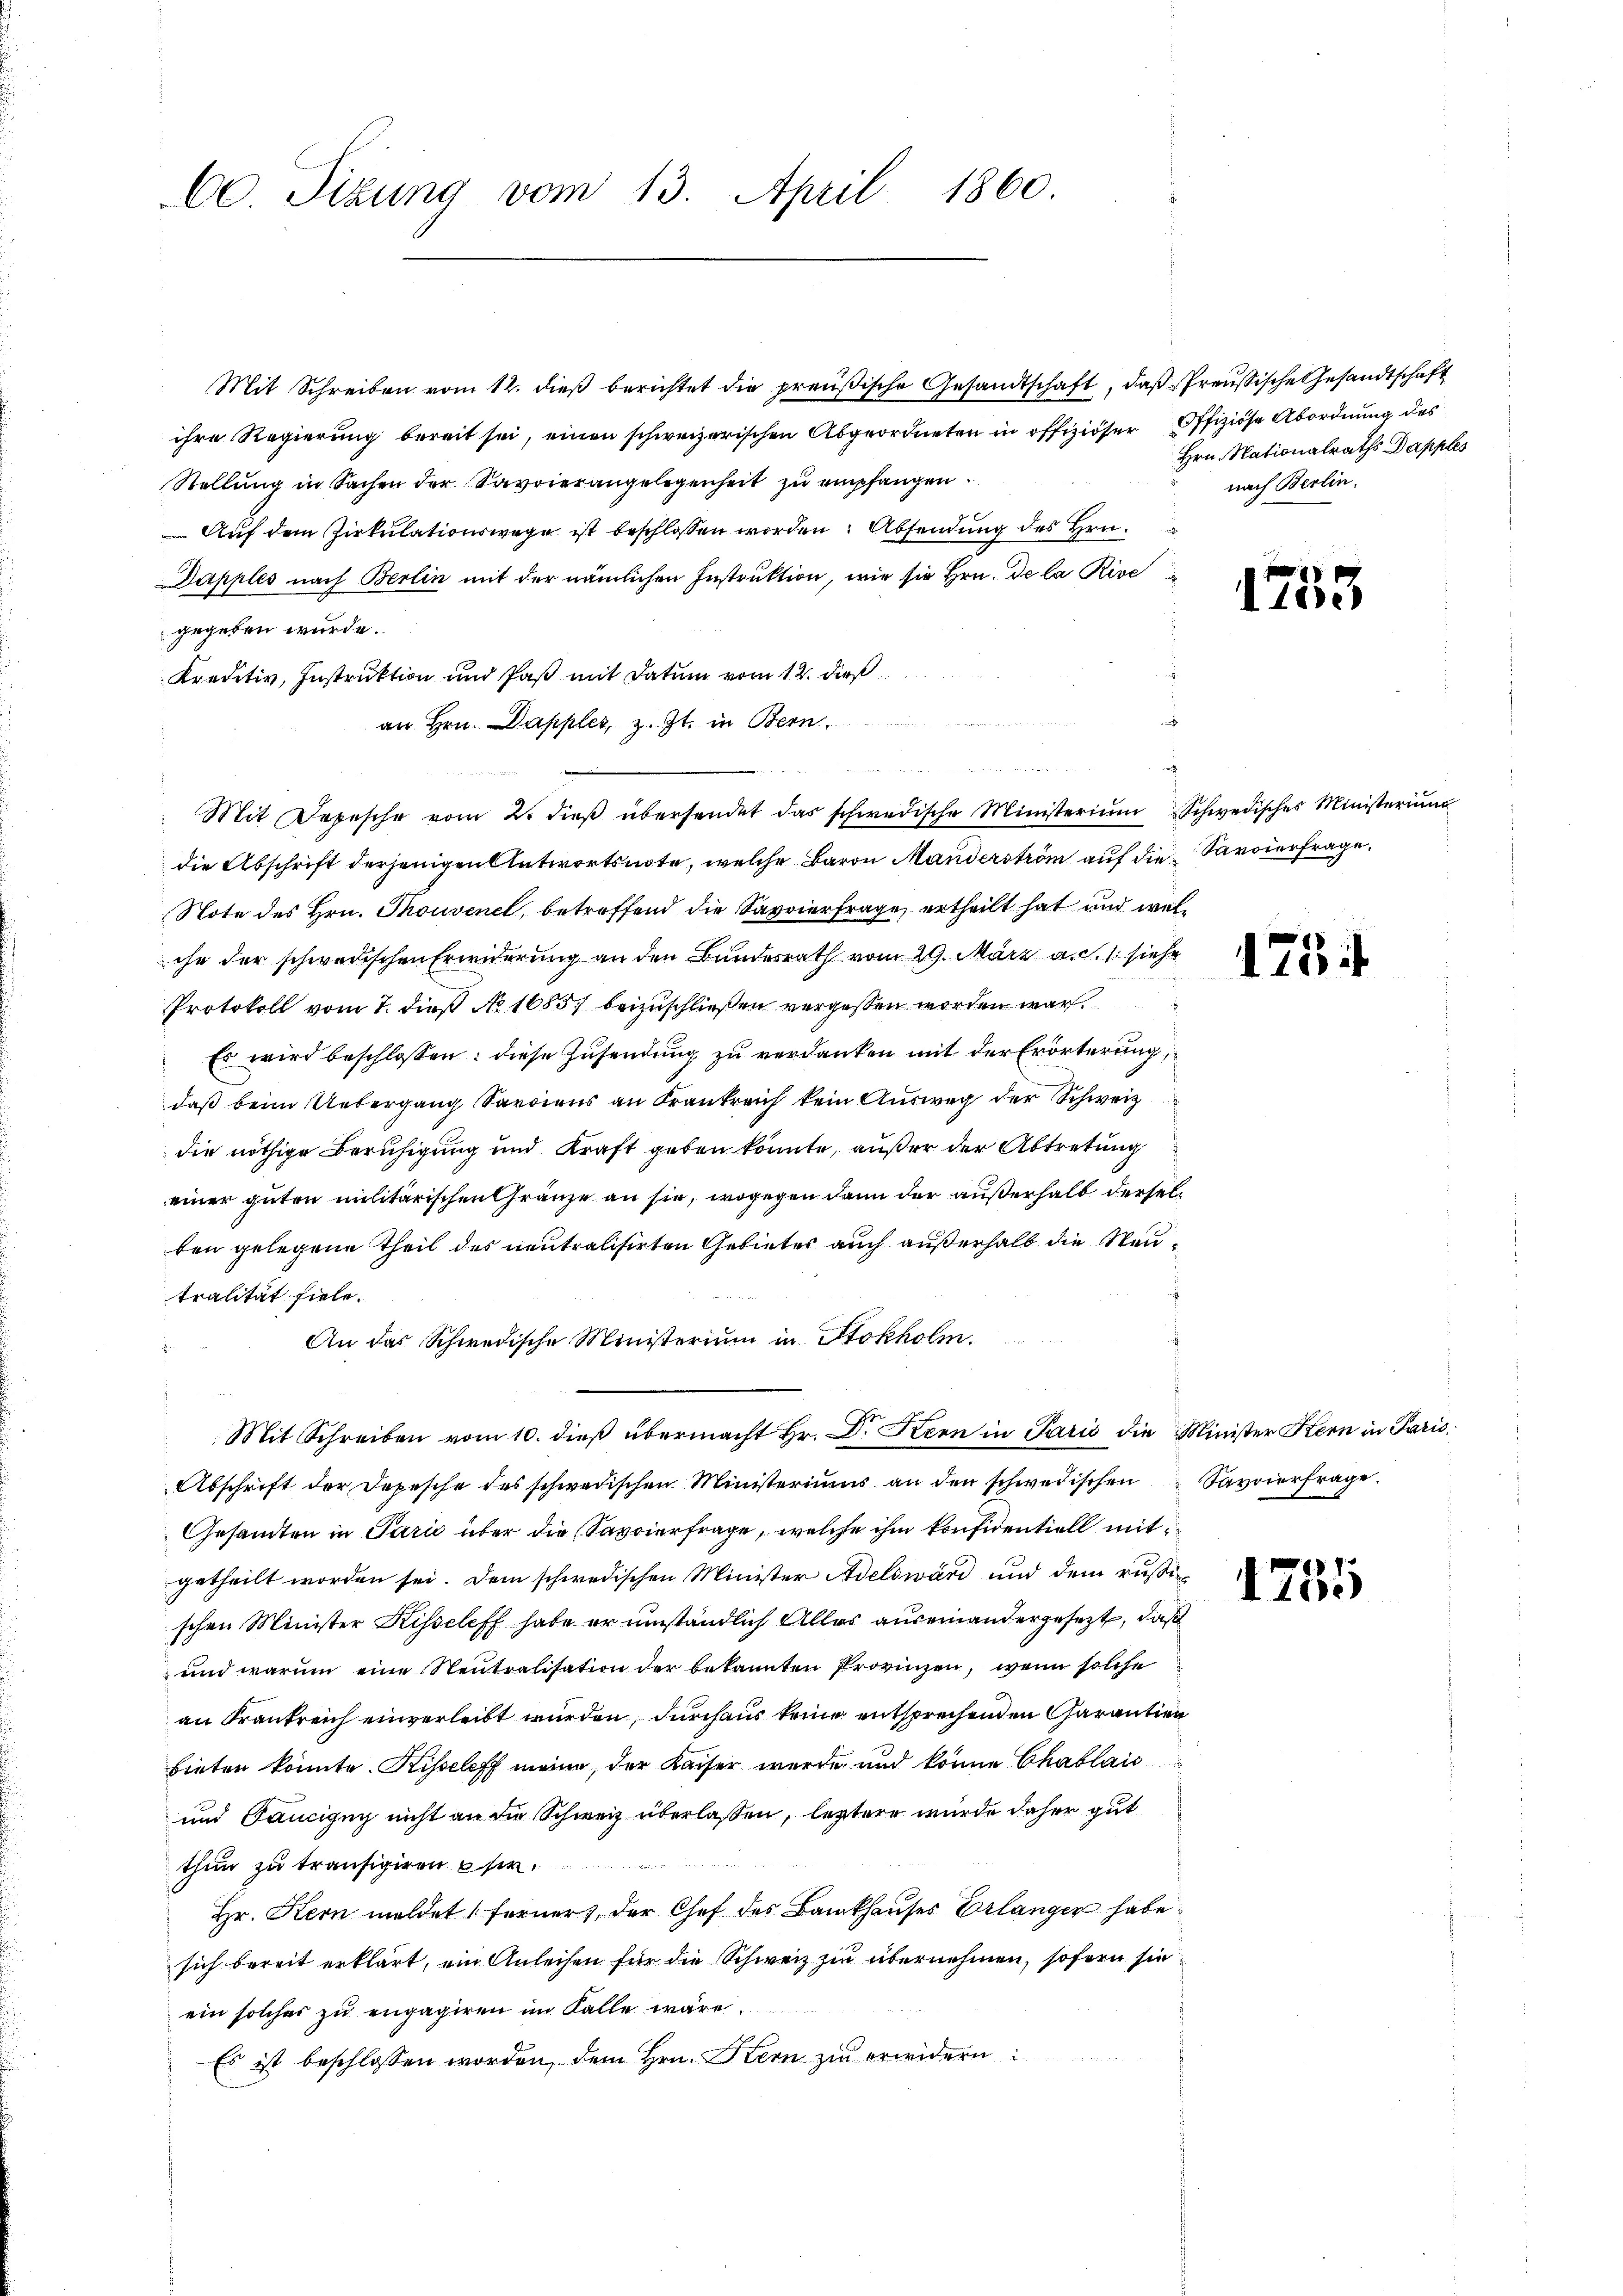
60. Sitzung vom 13. April 1860.

Mit Schreiben vom 12. dieß berichtet die preußische Gesandtschaft, daß Preußische Gesandtschaft
ihre Regierung bereit sei, einen schweizerischen Abgeordneten in offiziöser Offiziöse Abordnung des
Stellung in Sachen der Savoierangelegenheit zu empfangen.
Auf dem Zirkulationswege ist beschlossen worden. Absendung des Hrn.
Dapples nach Berlin mit der nämlichen Instruktion, wie sie Hrn. De la Rive
gegeben wurde.
Kreditiv, Instruktion und Paß mit Datum vom 12. dieß
 eigen und
an Hrn. Dapples, z. Zt. in Bern.
die Abschrift derjenigen Antwortsnote, welche Baron Manderström auf die Savoierfrage.
Note des Hrn. Thouvenel, betreffend die Savoierfrage, ertheilt hat und welihr der schwedischen Erwiderung an den Bundesrath vom 29. März a.c. siehe
Protokoll vom 7. dieß No 1685. beizuschließen vergessen worden war.
Es wird beschlossen: diese Zusendung zu verdanken mit der Erörterung
daß beim Uebergang Sardiens an Frankreich kein Ausweg der Schweiz
die nöthige Beruhigung und Kraft geben konnte, außer der Abtretung
einer guten militarischen Gränze an sie, wogegen dann der außerhalb derselben gelegene Theil des neutralisirten Gebietes auch außerhalb die Steutralität fiele.
An das Schwedische Ministerium in Stokholm.
n
Mit Schreiben vom 10. dieβ übermacht Hr. Dr. Kern in Paris die Minister Kern in Paris
Abschrift der Depesche des schwedischen Ministeriums an den schwedischen
Gesandten in Paris über die Savoierfrage, welche ihm konfidentiell mit
getheilt worden sei. Dem schwedischen Minister Adelsward und dem rusischen Minister Kisseleff habe er umständlich Alles auseinandergesezt, daß
und warum eine Neutralisation der bekannten Provinzen, wenn solche
an Frankreich einverleibt wurden, durchaus keine entsprechenden Garantien
bieten konnte. Kisseleff meine, der Kaiser wurde und könne Chablaic
und Gaucigny nicht an die Schweiz überlassen, leztere wurde daher gut
thun zu träufigiren sie
Hr. Kern meldet ferner der Chef des Bankhauses Erlanger habe
sich bereit erklärt, ein Anleihen für die Schweiz zu übernehmen, sofern sie
ein solches zu engagiren im Falle wäre.
Es ist beschlossen worden, dem Hrn. Bern zu erwidern

u wenn mir u. werden wenn e
Mit Depesche vom 2. dieβ übersendet das schwedische Ministerium Schwedisches Ministeriŭm

Hrn. Nationalraths Dapples
nach Berlin.

1755

1754

1231

Savoierfrage.